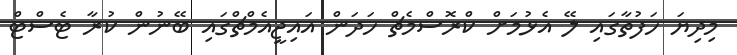
މިދިޔަ ހަފުތާގައި ލޭ އެޅުމަށް ކްރޮސްމެޗް ހަދަން އައިޖީއެމްޗްގައި ބޭނުން ކުރާ ޓެސްޓް